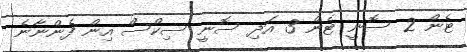
ޓެން 2 ސޮނީ ޓެން 3 އަދި ސޮނީ ސިކްސް އިން ފެންނާނެ